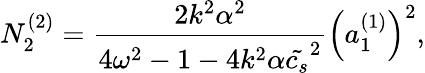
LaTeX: N_{2}^{(2)}=\frac{2k^{2}\alpha^{2}}{4\omega^{2}-1-4k^{2}\alpha\tilde{c_{s}}^{2}}\left(a_{1}^{(1)}\right)^{2},